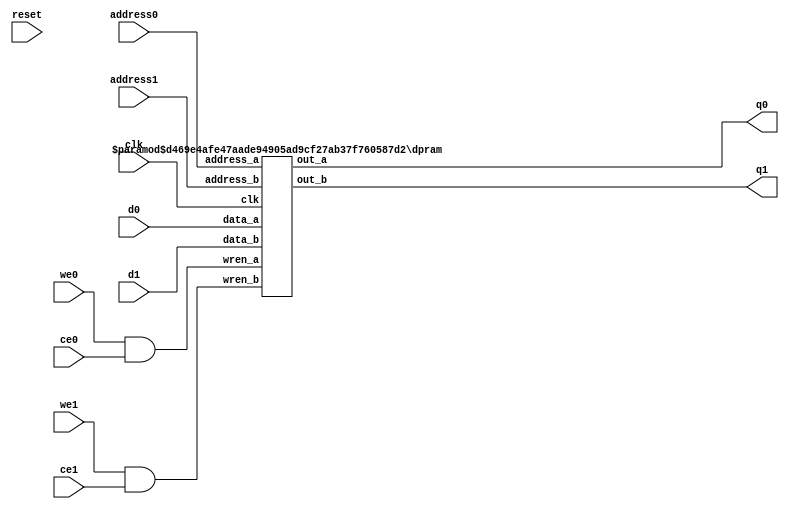
`define SIMULATION_MEMORY
`define EXPONENT 5
`define MANTISSA 10
`define ACTUAL_MANTISSA 11
`define EXPONENT_LSB 10
`define EXPONENT_MSB 14
`define MANTISSA_LSB 0
`define MANTISSA_MSB 9
`define MANTISSA_MUL_SPLIT_LSB 3
`define MANTISSA_MUL_SPLIT_MSB 9
`define SIGN 1
`define SIGN_LOC 15
`define DWIDTH (`SIGN+`EXPONENT+`MANTISSA)
`define IEEE_COMPLIANCE 1

module td_fused_top_dataflow_in_loop_TOP_LOOP49028_weight_vecs_0_0_0_memcore(
    reset,
    clk,
    address0,
    ce0,
    we0,
    d0,
    q0,
    address1,
    ce1,
    we1,
    d1,
    q1);

parameter DataWidth = 32'd16;
parameter AddressRange = 32'd64;
parameter AddressWidth = 32'd6;
input reset;
input clk;
input[AddressWidth - 1:0] address0;
input ce0;
input we0;
input[DataWidth - 1:0] d0;
output[DataWidth - 1:0] q0;
input[AddressWidth - 1:0] address1;
input ce1;
input we1;
input[DataWidth - 1:0] d1;
output[DataWidth - 1:0] q1;



/*td_fused_top_dataflow_in_loop_TOP_LOOP49028_weight_vecs_0_0_0_memcore_ram td_fused_top_dataflow_in_loop_TOP_LOOP49028_weight_vecs_0_0_0_memcore_ram_U(
    .clk( clk ),
    .addr0( address0 ),
    .ce0( ce0 ),
    .we0( we0 ),
    .d0( d0 ),
    .q0( q0 ),
    .addr1( address1 ),
    .ce1( ce1 ),
    .we1( we1 ),
    .d1( d1 ),
    .q1( q1 ));*/

wire wren0, wren1;
assign wren0 = we0 & ce0;
assign wren1 = we1 & ce1;
dpram
#(.AWIDTH(AddressWidth),
  .NUM_WORDS(AddressRange),
  .DWIDTH(DataWidth))
td_fused_top_dataflow_in_loop_TOP_LOOP49028_weight_vecs_0_0_0_memcore_ram_U (
   .clk(clk),
   .address_a(address0),
   .address_b(address1),
   .wren_a(wren0),
   .wren_b(wren1),
   .data_a(d0),
   .data_b(d1),
   .out_a(q0),
   .out_b(q1)
);

endmodule

module dpram (

    clk,

    address_a,

    address_b,

    wren_a,

    wren_b,

    data_a,

    data_b,

    out_a,

    out_b

);

parameter AWIDTH=10;

parameter NUM_WORDS=1024;

parameter DWIDTH=32;

input clk;

input [(AWIDTH-1):0] address_a;

input [(AWIDTH-1):0] address_b;

input  wren_a;

input  wren_b;

input [(DWIDTH-1):0] data_a;

input [(DWIDTH-1):0] data_b;

output reg [(DWIDTH-1):0] out_a;

output reg [(DWIDTH-1):0] out_b;



`ifdef SIMULATION_MEMORY



reg [DWIDTH-1:0] ram[NUM_WORDS-1:0];

always @ (posedge clk) begin 

  if (wren_a) begin

      ram[address_a] <= data_a;

  end

  else begin

      out_a <= ram[address_a];

  end

end

  

always @ (posedge clk) begin 

  if (wren_b) begin

      ram[address_b] <= data_b;

  end 

  else begin

      out_b <= ram[address_b];

  end

end



`else



dual_port_ram u_dual_port_ram(

.addr1(address_a),

.we1(wren_a),

.data1(data_a),

.out1(out_a),

.addr2(address_b),

.we2(wren_b),

.data2(data_b),

.out2(out_b),

.clk(clk)

);

`endif

endmodule